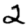
Digit: 2